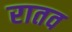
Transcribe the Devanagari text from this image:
रातव